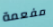
مفعمة